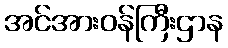
အင်အားဝန်ကြီးဌာန